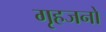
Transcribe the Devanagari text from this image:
गृहजनों